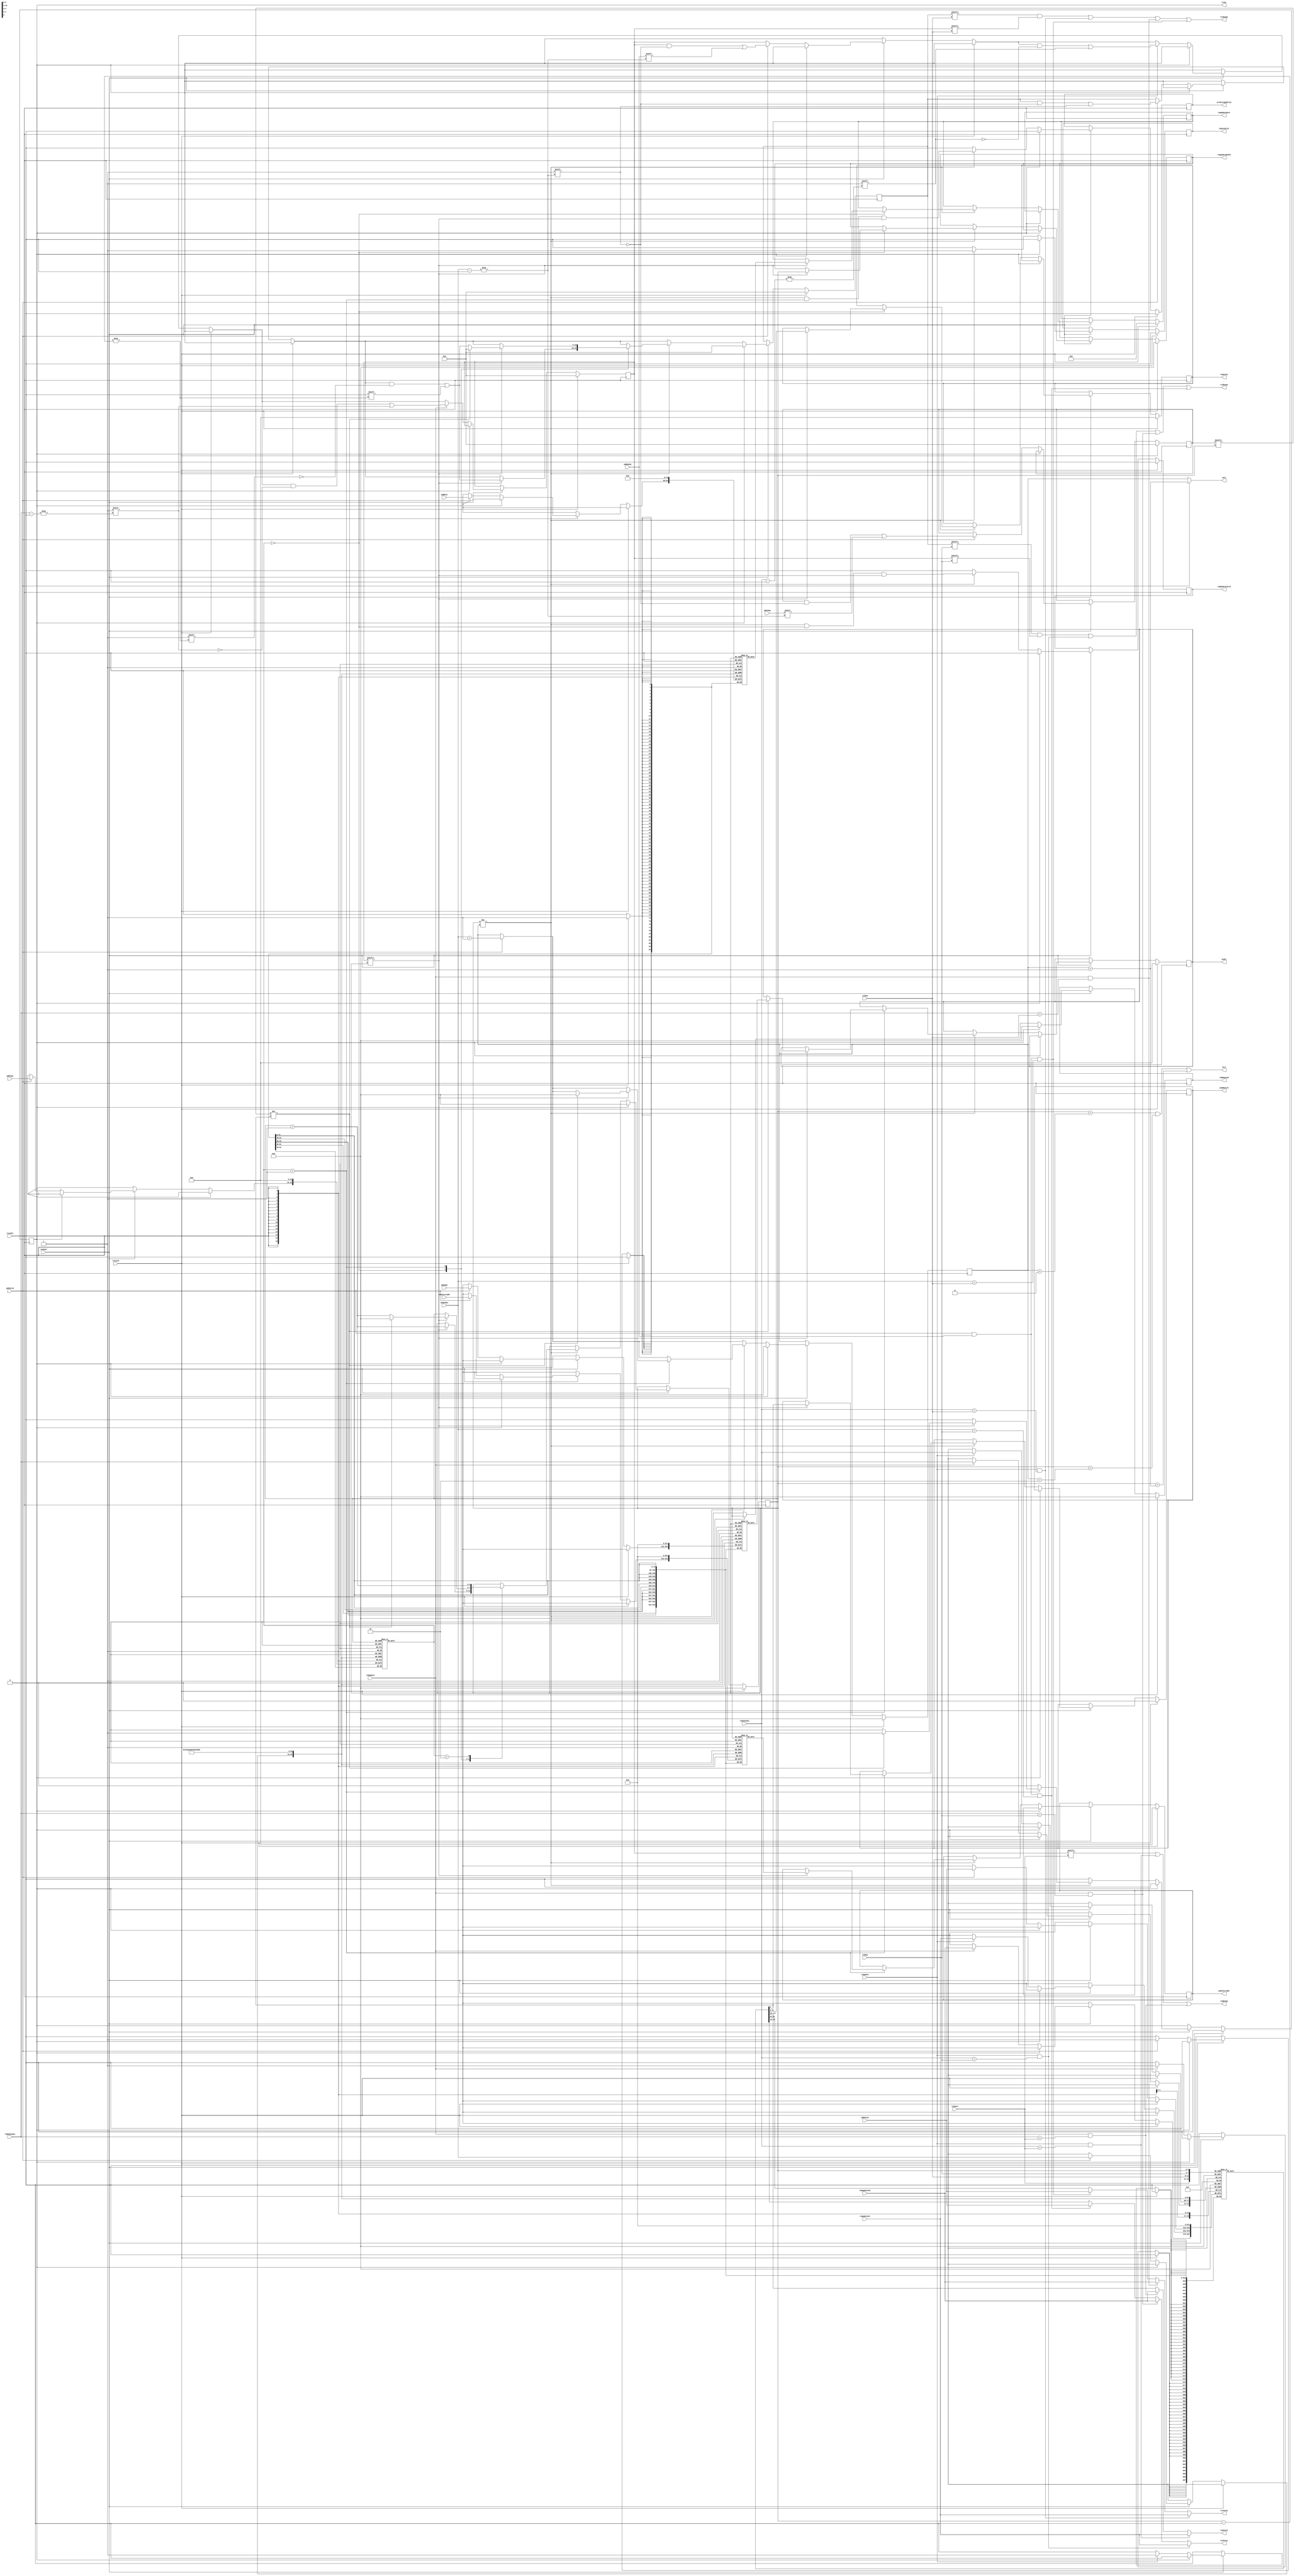
`ifdef DEBUG
`define PRINT_REG_CHANGE
`define PRINT_WRONG_BRANCH
`endif
module ReorderBuffer #(
  parameter ROB_WIDTH = 4,
  parameter ROB_SIZE = 2**ROB_WIDTH,
  parameter ROB_OP_WIDTH = 2
) (
  input  wire        resetIn, // resetIn
  input  wire        clockIn, // clockIn
  input  wire        readyIn, // readyIn
  output wire        clear,   // clear signal (when branch prediction is wrong)
  output wire [31:0] newPc,   // the correct PC value

  // Reservation Station part
  input  wire                 rsUpdate,    // reservation station update signal
  input  wire [ROB_WIDTH-1:0] rsRobIndex,  // reservation station rob index
  input  wire [31:0]          rsUpdateVal, // reservation station value

  // Load & Store Buffer part
  input  wire                 lsbUpdate,    // load & store buffer update signal
  input  wire [ROB_WIDTH-1:0] lsbRobIndex,  // load & store buffer rob index
  input  wire [31:0]          lsbUpdateVal, // load & store buffer value
  output wire [ROB_WIDTH-1:0] robBeginId,   // begin index of the load & store buffer
  output wire                 beginValid,   // has committed signal

  // Instruction Unit part
  input  wire [ROB_WIDTH-1:0]    request,      // instruction unit request
  input  wire                    addValid,     // instruction unit add valid signal
  input  wire [ROB_WIDTH-1:0]    addIndex,     // instruction unit add index
  input  wire [ROB_OP_WIDTH-1:0] addType,      // instruction unit add type signal
  input  wire                    addReady,     // instruction unit add ready signal
  input  wire [31:0]             addValue,     // instruction unit add value signal
  input  wire                    addJump,      // instruction unit add jump signal
  input  wire [4:0]              addDest,      // instruction unit add destination register signal
  input  wire [31:0]             addAddr,      // instruction unit add address
  input  wire [31:0]             addInstrAddr, // instruction unit add instruction address
  output wire                    full,         // full signal
  output wire [ROB_WIDTH-1:0]    next,         // next index
  output wire                    reqReady,     // ready signal
  output wire [31:0]             reqValue,     // instruction unit value

  // Predictor part
  output wire        predictUpdValid, // predictor update valid signal
  output wire [31:0] updInstrAddr,    // instruction address
  output wire        jumpResult,      // jump result

  // Register File part
  output wire                 regUpdateValid, // reorder buffer update valid signal
  output wire [4:0]           regUpdateDest,  // reorder buffer update destination
  output wire [31:0]          regValue,       // reorder buffer update value
  output wire [ROB_WIDTH-1:0] regUpdateRobId, // reorder buffer update rob id
  input  wire [ROB_WIDTH-1:0] rs1Dep,         // rs1 dependency
  output wire                 rs1Ready,       // rs1 ready signal
  output wire [31:0]          rs1Value,       // rs1 value
  input  wire [ROB_WIDTH-1:0] rs2Dep,         // rs2 dependency
  output wire                 rs2Ready,       // rs2 ready signal
  output wire [31:0]          rs2Value        // rs2 value
);

reg                 clearReg;
reg [31:0]          newPcReg;
reg                 predictUpdValidReg;
reg [31:0]          updInstrAddrReg;
reg                 jumpResultReg;
reg                 regUpdateValidReg;
reg [4:0]           regUpdateDestReg;
reg [31:0]          regValueReg;
reg [ROB_WIDTH-1:0] regUpdateRobIdReg;
reg [ROB_WIDTH-1:0] robBeginIdReg;
reg                 beginValidReg;

assign clear           = clearReg;
assign newPc           = newPcReg;
assign predictUpdValid = predictUpdValidReg;
assign updInstrAddr    = updInstrAddrReg;
assign jumpResult      = jumpResultReg;
assign regUpdateValid  = regUpdateValidReg;
assign regUpdateDest   = regUpdateDestReg;
assign regValue        = regValueReg;
assign regUpdateRobId  = regUpdateRobIdReg;

// FIFO
reg  [ROB_WIDTH-1:0]    beginIndex;
reg  [ROB_WIDTH-1:0]    endIndex;
reg  [ROB_SIZE-1:0]     valid;
reg  [ROB_SIZE-1:0]     ready;
reg  [ROB_SIZE-1:0]     jump;
reg  [ROB_OP_WIDTH-1:0] op[ROB_SIZE-1:0];
reg  [31:0]             value[ROB_SIZE-1:0];
reg  [4:0]              destReg[ROB_SIZE-1:0];
reg  [31:0]             missAddr[ROB_SIZE-1:0];
reg  [31:0]             instrAddr[ROB_SIZE-1:0];
wire                    topValid     = valid[beginIndex];
wire                    topReady     = ready[beginIndex];
wire                    topJump      = jump[beginIndex];
wire [ROB_OP_WIDTH-1:0] topOp      = op[beginIndex];
wire [31:0]             topValue     = value[beginIndex];
wire [4:0]              topDestReg   = destReg[beginIndex];
wire [31:0]             topMissAddr  = missAddr[beginIndex];
wire [31:0]             topInstrAddr = instrAddr[beginIndex];
wire                    wrongBranch  = (topJump != topValue[0]);

wire notEmpty = (beginIndex != endIndex);
wire needUpdateReg = notEmpty && (topOp == 2'b00) && topReady;
wire nextPredictUpdValid = notEmpty && (topOp == 2'b01) && topReady;

wire [ROB_WIDTH-1:0] endIndexPlusThree = endIndex + 2'd3;
wire [ROB_WIDTH-1:0] endIndexPlusTwo   = endIndex + 2'd2;
wire [ROB_WIDTH-1:0] endIndexPlusOne   = endIndex + 1'd1;
wire [ROB_WIDTH-1:0] nextEndIndex      = addIndex + 1'b1;

assign full        = (beginIndex == endIndexPlusThree) ||
                     (beginIndex == endIndexPlusTwo) ||
                     (beginIndex == endIndexPlusOne);
assign next        = addValid ? endIndexPlusOne : endIndex;
assign reqReady    = ready[request] || (rsUpdate && rsRobIndex == request) || (lsbUpdate && lsbRobIndex == request);
assign reqValue    = (rsUpdate && rsRobIndex == request) ? rsUpdateVal :
                     (lsbUpdate && lsbRobIndex == request) ? lsbUpdateVal : value[request];
assign rs1Ready    = (valid[rs1Dep] && ready[rs1Dep]) ||
                     (rsUpdate && rsRobIndex == rs1Dep) ||
                     (lsbUpdate && lsbRobIndex == rs1Dep) ||
                     (addValid && addReady && addIndex == rs1Dep);
assign rs1Value    = (rsUpdate && rsRobIndex == rs1Dep) ? rsUpdateVal :
                     (lsbUpdate && lsbRobIndex == rs1Dep) ? lsbUpdateVal :
                     (addValid && addReady && addIndex == rs1Dep) ? addValue : value[rs1Dep];
assign rs2Ready    = (valid[rs2Dep] && ready[rs2Dep]) ||
                     (rsUpdate && rsRobIndex == rs2Dep) ||
                     (lsbUpdate && lsbRobIndex == rs2Dep) ||
                     (addValid && addReady && addIndex == rs2Dep);
assign rs2Value    = (rsUpdate && rsRobIndex == rs2Dep) ? rsUpdateVal :
                     (lsbUpdate && lsbRobIndex == rs2Dep) ? lsbUpdateVal :
                     (addValid && addReady && addIndex == rs2Dep) ? addValue : value[rs2Dep];
assign robBeginId  = robBeginIdReg;
assign beginValid  = beginValidReg;

integer i;
always @(posedge clockIn) begin
  if (resetIn) begin
    beginIndex         <= {ROB_WIDTH{1'b0}};
    endIndex           <= {ROB_WIDTH{1'b0}};
    valid              <= {ROB_SIZE{1'b0}};
    ready              <= {ROB_SIZE{1'b0}};
    jump               <= {ROB_SIZE{1'b0}};
    clearReg           <= 1'b0;
    newPcReg           <= 32'b0;
    predictUpdValidReg <= 1'b0;
    updInstrAddrReg    <= 32'b0;
    jumpResultReg      <= 1'b0;
    regUpdateValidReg  <= 1'b0;
    regUpdateDestReg   <= 5'b0;
    regValueReg        <= 32'b0;
    regUpdateRobIdReg  <= {ROB_WIDTH{1'b0}};
    robBeginIdReg      <= {ROB_WIDTH{1'b0}};
    beginValidReg      <= 1'b0;
    for (i = 0; i < ROB_SIZE; i = i + 1) begin
      op[i]         <= {ROB_OP_WIDTH{1'b0}};
      value[i]      <= 32'b0;
      destReg[i]    <= 5'b0;
      missAddr[i]   <= 32'b0;
      instrAddr[i]  <= 32'b0;
    end
  end else if (readyIn) begin
    if (clearReg) begin
      clearReg           <= 1'b0;
      regUpdateValidReg  <= 1'b0;
      predictUpdValidReg <= 1'b0;
      robBeginIdReg      <= {ROB_WIDTH{1'b0}};
      beginValidReg      <= 1'b0;
      beginIndex         <= {ROB_WIDTH{1'b0}};
      endIndex           <= {ROB_WIDTH{1'b0}};
      valid              <= {ROB_SIZE{1'b0}};
    end else begin
      if (addValid) begin
        valid    [addIndex] <= 1'b1;
        ready    [addIndex] <= addReady;
        jump     [addIndex] <= addJump;
        op       [addIndex] <= addType;
        value    [addIndex] <= addValue;
        destReg  [addIndex] <= addDest;
        missAddr [addIndex] <= addAddr;
        instrAddr[addIndex] <= addInstrAddr;
        endIndex            <= nextEndIndex;
      end
      // Update data from reservation station
      if (rsUpdate) begin
        value[rsRobIndex] <= rsUpdateVal;
        ready[rsRobIndex] <= 1'b1;
      end
      // Update data from load & store buffer
      if (lsbUpdate) begin
        value[lsbRobIndex] <= lsbUpdateVal;
        ready[lsbRobIndex] <= 1'b1;
      end
      if (notEmpty) begin
        robBeginIdReg      <= beginIndex;
        beginValidReg      <= 1'b1;
        regUpdateValidReg  <= needUpdateReg;
        predictUpdValidReg <= nextPredictUpdValid;
        case (topOp)
          2'b00: begin // register write
            if (topReady) begin
`ifdef PRINT_REG_CHANGE
              $display("ROB: write reg %d with value %h", topDestReg, topValue);
`endif
              valid[beginIndex] <= 1'b0;
              beginIndex        <= beginIndex + 1'b1;
              regUpdateDestReg  <= topDestReg;
              regValueReg       <= topValue;
              regUpdateRobIdReg <= beginIndex;
            end
          end
          2'b01: begin // branch
            if (topReady) begin
              valid[beginIndex] <= 1'b0;
              beginIndex        <= beginIndex + 1'b1;
              updInstrAddrReg   <= topInstrAddr;
              jumpResultReg     <= topValue[0];
              if (wrongBranch) begin
`ifdef PRINT_WRONG_BRANCH
                $display("ROB: wrong branch, correct to %h", topMissAddr);
`endif
                beginIndex <= {ROB_WIDTH{1'b0}};
                endIndex   <= {ROB_WIDTH{1'b0}};
                valid      <= {ROB_SIZE{1'b0}};
                newPcReg   <= topMissAddr;
                clearReg   <= 1'b1;
              end
            end
          end
          2'b10: begin
            beginIndex <= beginIndex + 1'b1;
          end
        endcase
      end else begin
        robBeginIdReg      <= {ROB_WIDTH{1'b0}};
        beginValidReg      <= 1'b0;
        regUpdateValidReg  <= 1'b0;
        predictUpdValidReg <= 1'b0;
      end
    end
  end
end

endmodule